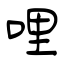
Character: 哩